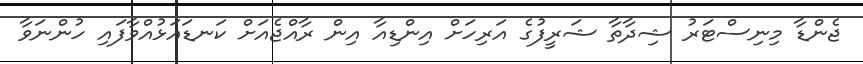
ޖެންޑާ މިނިސްޓަރު ޝިދާތާ ޝަރީފުގެ އަރިހަށް އިންޑިއާ އިން ރާއްޖެއަށް ކަނޑައަޅުއްވާފައި ހުންނަވާ